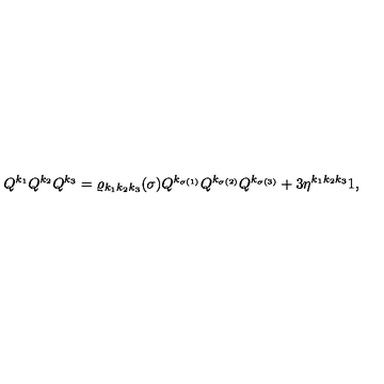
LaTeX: Q ^ { k _ { 1 } } Q ^ { k _ { 2 } } Q ^ { k _ { 3 } } = \varrho _ { k _ { 1 } k _ { 2 } k _ { 3 } } ( \sigma ) Q ^ { k _ { \sigma ( 1 ) } } Q ^ { k _ { \sigma ( 2 ) } } Q ^ { k _ { \sigma ( 3 ) } } + 3 { \eta } ^ { k _ { 1 } k _ { 2 } k _ { 3 } } 1 ,